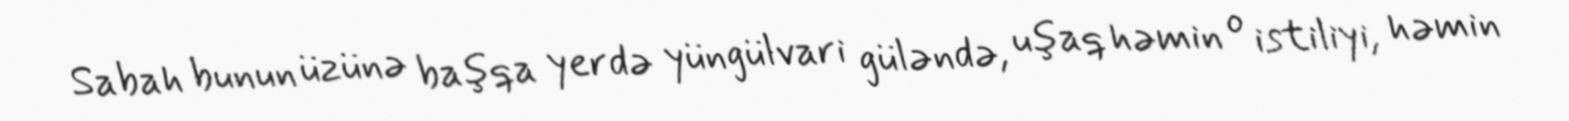
Sabah bunun üzünə başqa yerdə yüngülvari güləndə, uşaq həmin o istiliyi, həmin